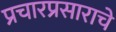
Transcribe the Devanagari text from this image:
प्रचारप्रसाराचे